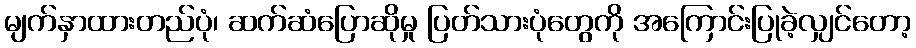
မျက်နှာထားတည်ပုံ၊ ဆက်ဆံပြောဆိုမှု ပြတ်သားပုံတွေကို အကြောင်းပြုခဲ့လျှင်တော့